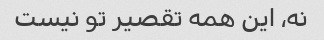
نه، این همه تقصیر تو نیست